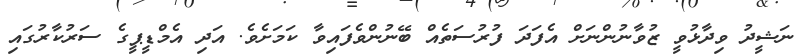
ނަޝީދު ވިދާޅުވީ ޒުވާނުންނަށް އެފަދަ ފުރުސަތެއް ބޭނުންވެފައިވާ ކަމަށެވެ. އަދި އެމްޑީޕީގެ ސަރުކާރުގައި